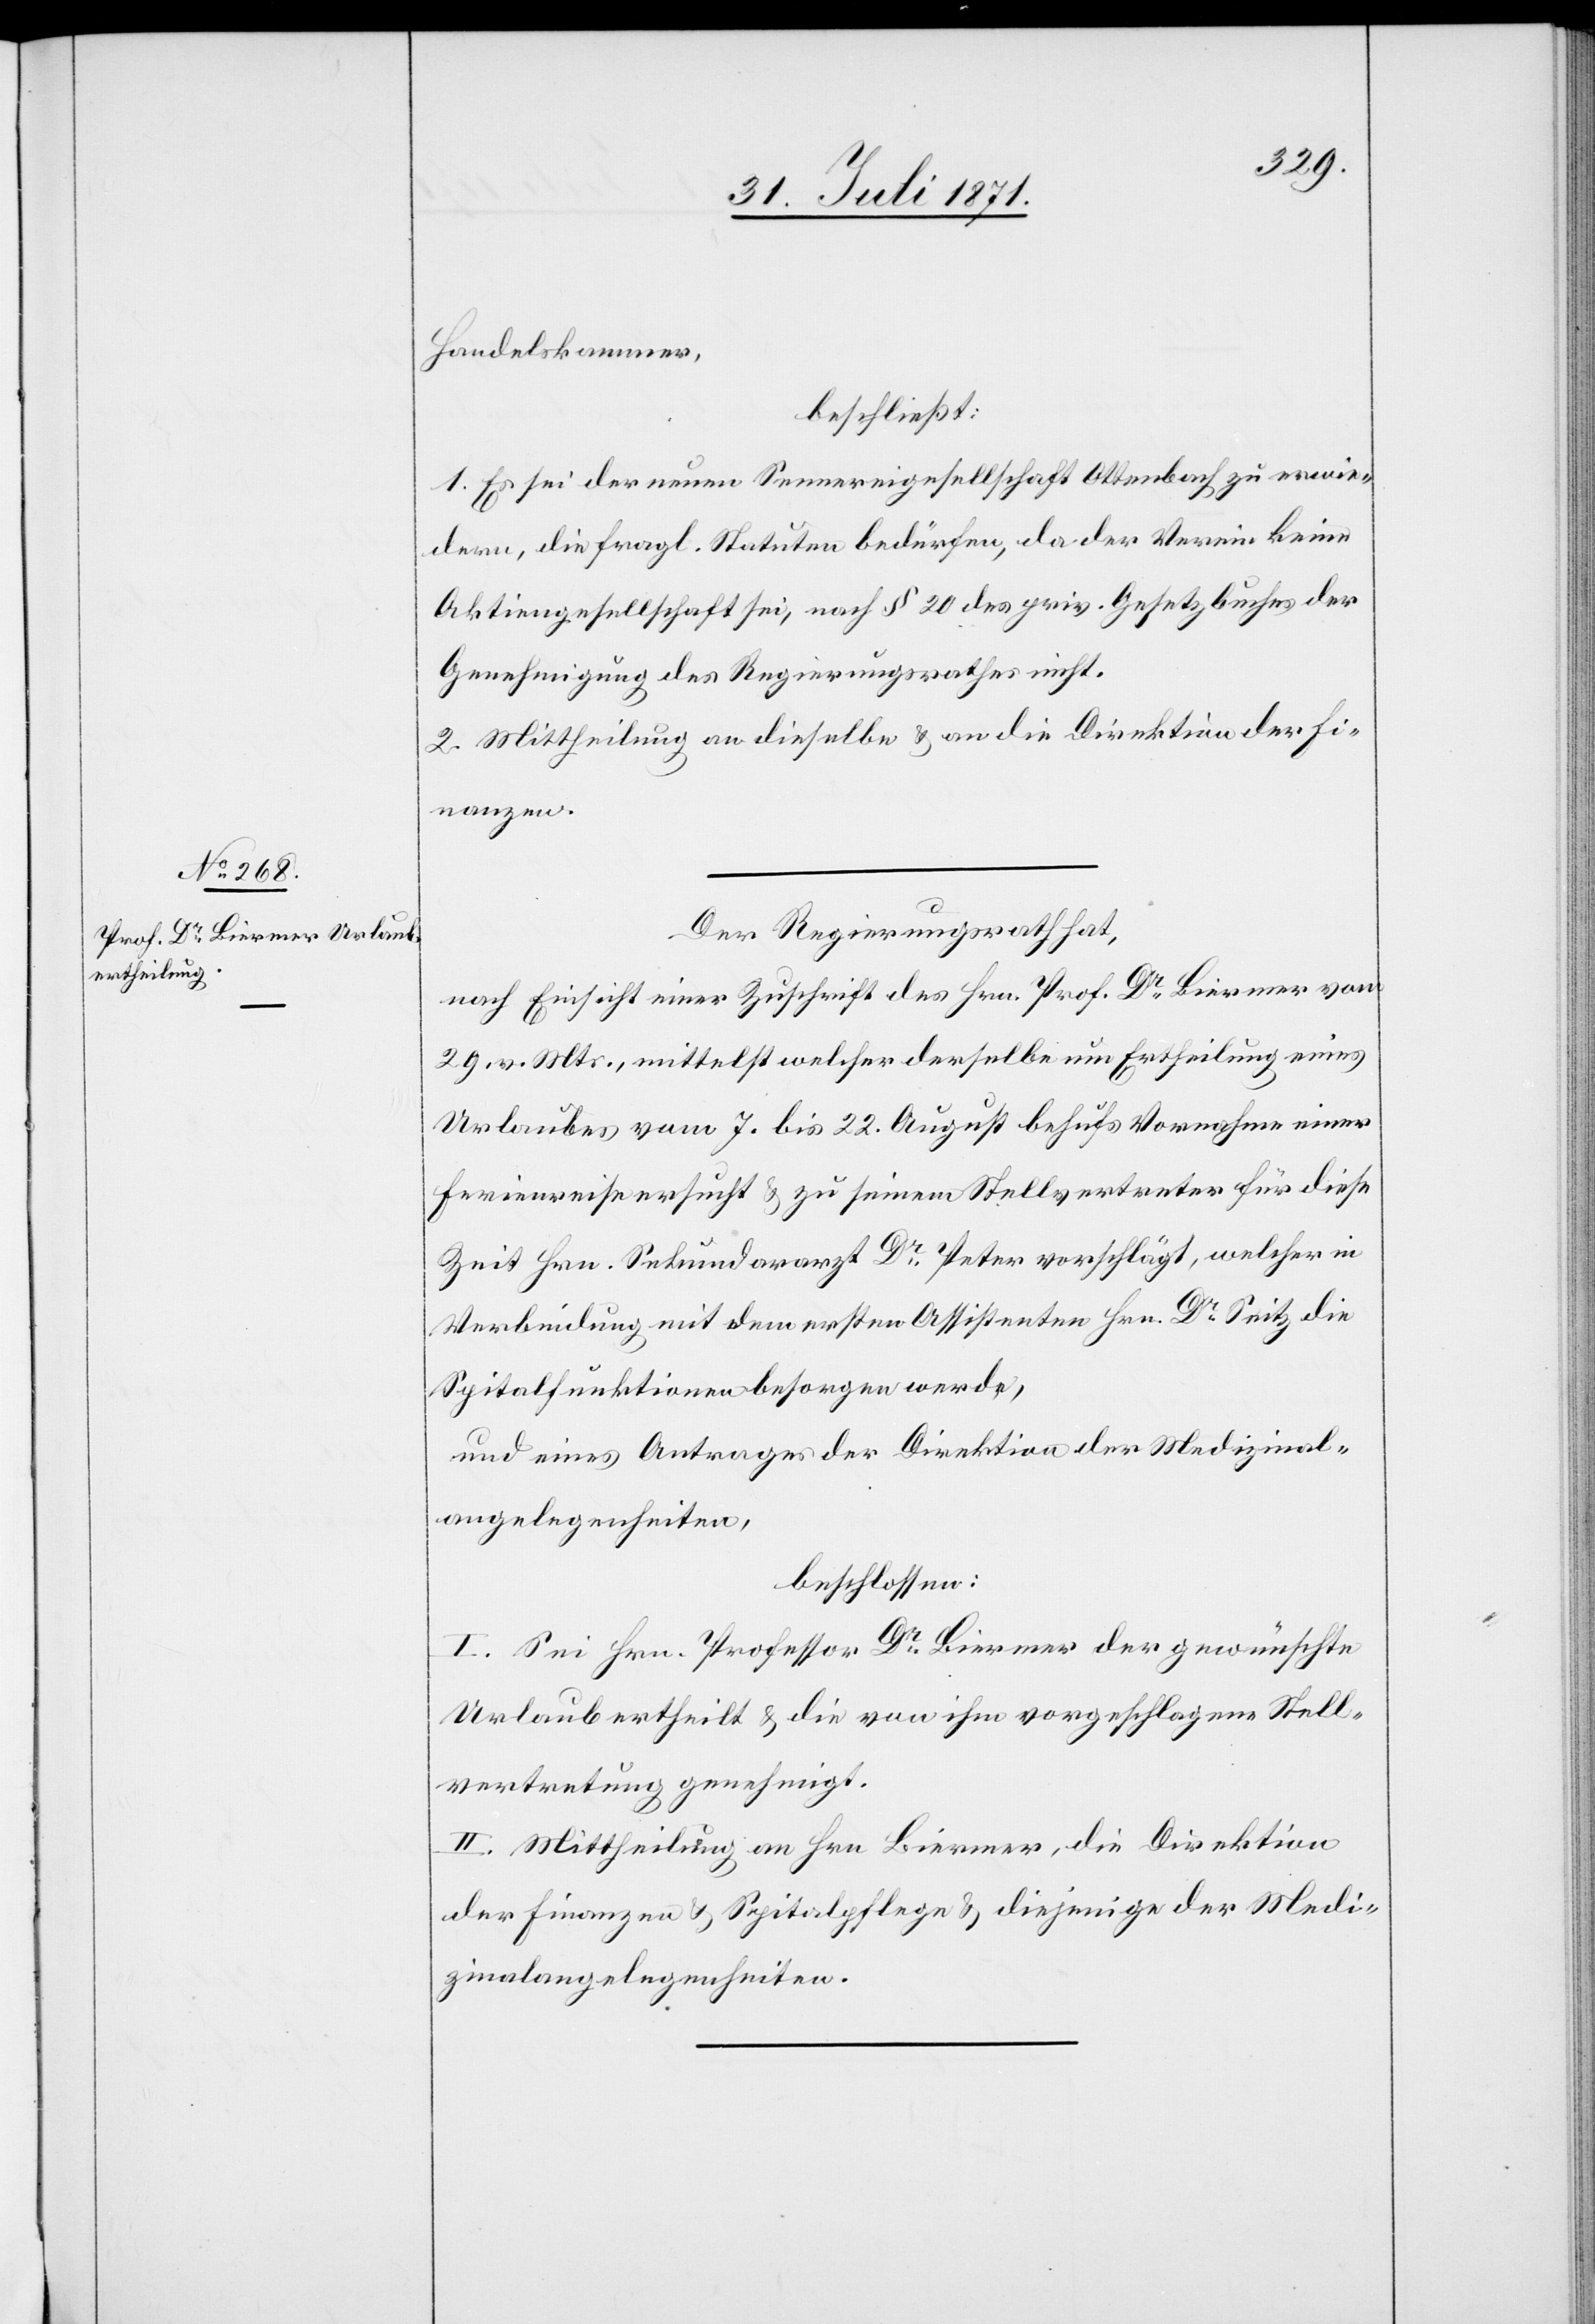
Handelskammer,
beschließt:
1. Es sei der neuen Sennereigesellschaft Ottenbach zu erwie¬
dern, die fragl. Statuten bedürfen, da der Verein keine
Aktiengesellschaft sei, nach § 20 des priv. Gesetzbuches der
Genehmigung des Regierungsrathes nicht.
2. Mittheilung an dieselbe u. an die Direktion der Fi¬
nanzen.
Der Regierungsrath hat,
nach Einsicht einer Zuschrift des Hrn. Prof. Dr. Biermer vom
29. v. Mts., mittelst welcher derselbe um Ertheilung eines
Urlaubes vom 7. bis 22. August behufs Vornahme einer
Ferienreise ersucht u. zu seinem Stellvertreter für diese
Zeit Hrn. Sekundararzt Dr. Peter vorschlägt, welcher in
Verbindung mit dem ersten Assistenten Hrn. Dr. Seitz die
Spitalfunktionen besorgen werde,
und eines Antrages der Direktion der Medizinal¬
angelegenheiten,
beschlossen:
I. Sei Hrn. Professor Dr. Biermer der gewünschte
Urlaub ertheilt u. die von ihm vorgeschlagene Stell¬
vertretung genehmigt.
II. Mittheilung an Hrn. Biermer, die Direktion
der Finanzen u. Spitalpflege u. diejenige der Medi¬
zinalangelegenheiten.